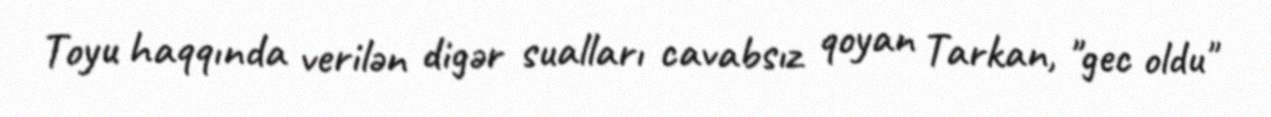
Toyu haqqında verilən digər sualları cavabsız qoyan Tarkan, "gec oldu"